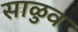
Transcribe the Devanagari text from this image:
साळुव